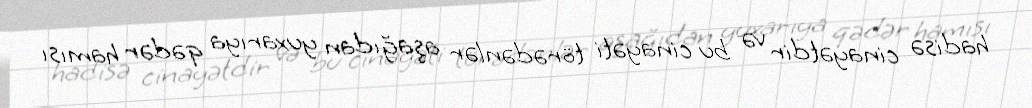
hadisə cinayətdir və bu cinayəti törədənlər aşağıdan yuxarıya qədər hamısı